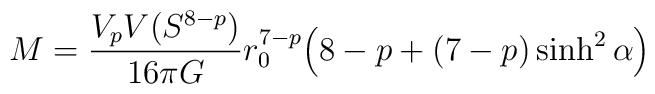
M = \frac{V_p V(S^{8-p})}{16\pi G} r_0^{7-p}\Big( 8-p + (7-p)\sinh^2 \alpha \Big)